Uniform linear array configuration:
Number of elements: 4
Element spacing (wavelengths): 0.25
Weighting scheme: hamming
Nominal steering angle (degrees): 30
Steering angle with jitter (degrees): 28.559
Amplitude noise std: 0.05
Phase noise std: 0.05

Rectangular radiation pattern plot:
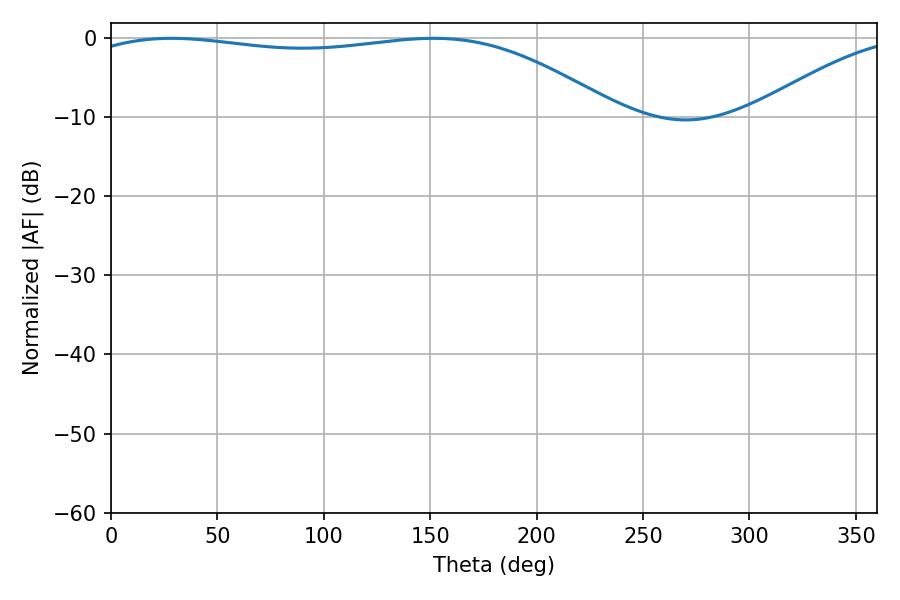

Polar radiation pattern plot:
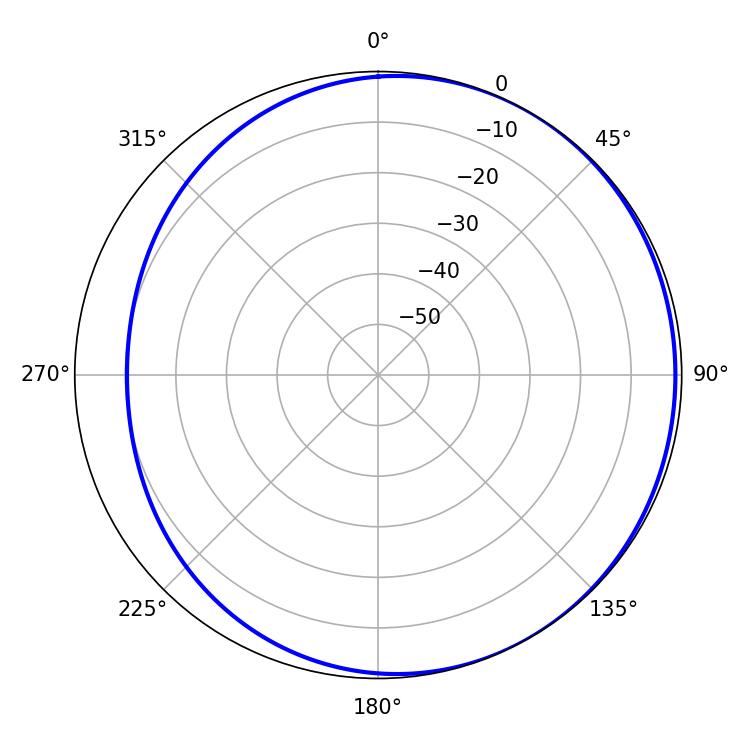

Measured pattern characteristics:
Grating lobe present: FALSE
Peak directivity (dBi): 1.83
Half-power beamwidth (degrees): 200.16
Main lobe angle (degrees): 28.44